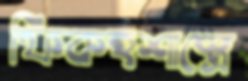
ফিকহশাস্ত্রে